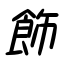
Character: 飾